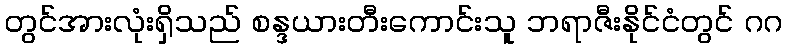
တွင်အားလုံးရှိသည် စန္ဒယားတီးကောင်းသူ ဘရာဇီးနိုင်ငံတွင် ဂဂ